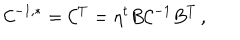
LaTeX: { \cal C } ^ { - 1 , * } = { \cal C } ^ { T } = \eta ^ { t } B { \cal C } ^ { - 1 } B ^ { T } \, ,